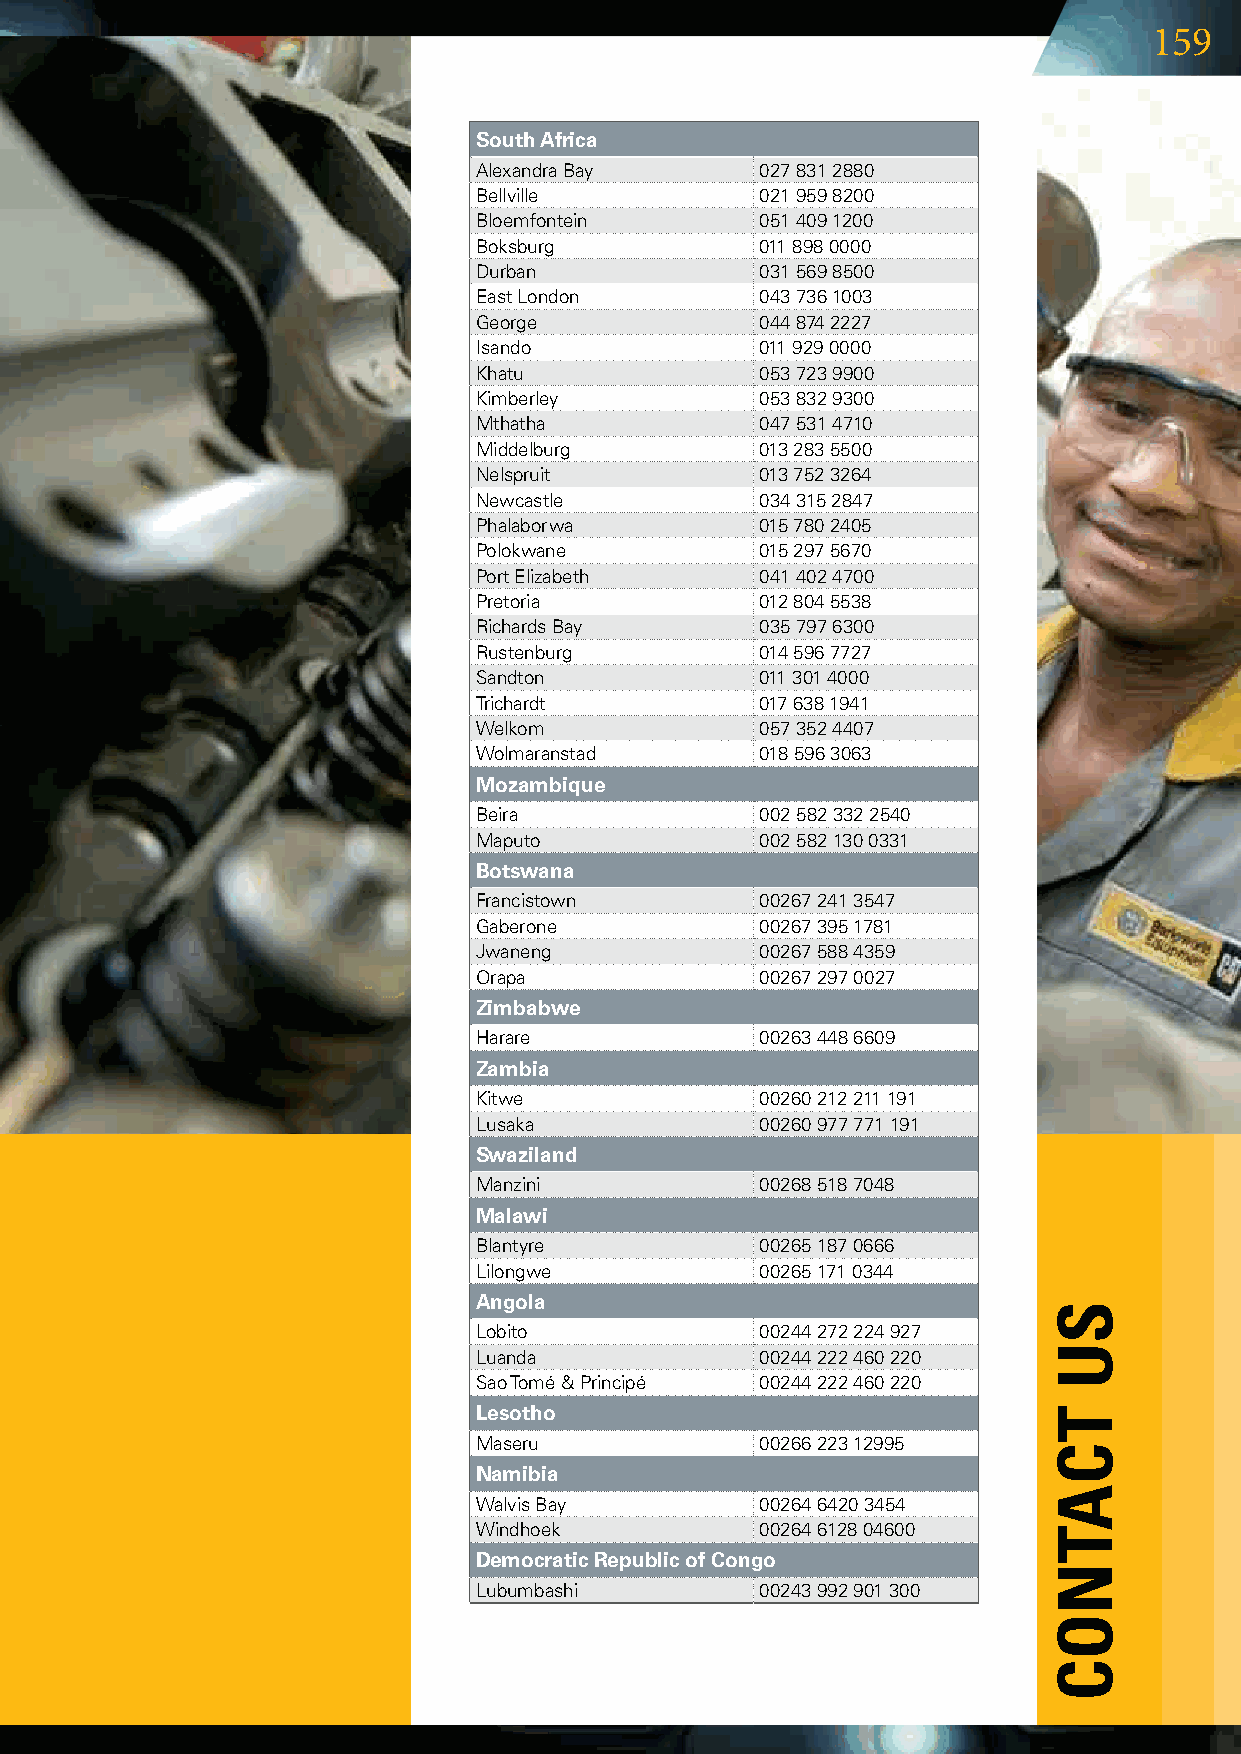
159
 South Africa
 AlexandraBay      0278312880
 Bellville          0219598200
 Bloemfontein       0514091200
 Boksburg           0118980000
 Durban             0315698500
 EastLondon        0437361003
 George             0448742227
 Isando             0119290000
 Khatu              0537239900
 Kimberley          0538329300
 Mthatha            0475314710
 Middelburg         0132835500
 Nelspruit          0137523264
 Newcastle          0343152847
 Phalaborwa         0157802405
 Polokwane          0152975670
 PortElizabeth     0414024700
 Pretoria           0128045538
 RichardsBay       0357976300
 Rustenburg         0145967727
 Sandton            0113014000
 Trichardt          0176381941
 Welkom             0573524407
 Wolmaranstad       0185963063
 Mozambique
 Beira              0025823322540
 Maputo             0025821300331
 Botswana
 Francistown        002672413547
 Gaberone           002673951781
 Jwaneng            002675884359
 Orapa             002672970027
 Zimbabwe
 Harare             002634486609
 Zambia
 Kitwe              00260212211191
 Lusaka             00260977771191
 Swaziland
 Manzini            002685187048
 Malawi
 Blantyre          002651870666
 Lilongwe           002651710344
 Angola
 Lobito             00244272224927
 Luanda             00244222460220
 SaoTomé&Principé 00244222460220
 Lesotho
 Maseru            0026622312995
 Namibia
 WalvisBay         0026464203454
 Windhoek           00264612804600
 Democratic Republic of Congo
 Lubumbashi         00243992901300
 su
 TCATnoC